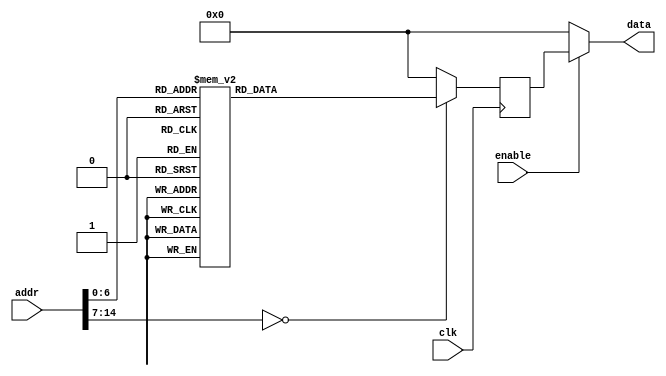
module rom08(input clk, input enable, input [15-1:0] addr, output [16-1:0] data);
    reg [16-1:0] data_reg;
    always @ (posedge clk)
        case(addr)
            15'h0 : data_reg <= 16'h5341;
            15'h1 : data_reg <= 16'h4D52;
            15'h2 : data_reg <= 16'h1C28;
            15'h3 : data_reg <= 16'h9C0D;
            15'h4 : data_reg <= 16'h6D8C;
            15'h5 : data_reg <= 16'h211D;
            15'h6 : data_reg <= 16'h5D8C;
            15'h7 : data_reg <= 16'h0D1D;
            15'h8 : data_reg <= 16'h281B;
            15'h9 : data_reg <= 16'h0D1C;
            15'hA : data_reg <= 16'h8C9C;
            15'hB : data_reg <= 16'h1D6D;
            15'hC : data_reg <= 16'h8C21;
            15'hD : data_reg <= 16'h1D5D;
            15'hE : data_reg <= 16'h1C21;
            15'hF : data_reg <= 16'h3C22;
            15'h10 : data_reg <= 16'h1E3E;
            15'h11 : data_reg <= 16'h2355;
            15'h12 : data_reg <= 16'hE53C;
            15'h13 : data_reg <= 16'hD03E;
            15'h14 : data_reg <= 16'h0B1C;
            15'h15 : data_reg <= 16'h0C1D;
            15'h16 : data_reg <= 16'hFD1E;
            15'h17 : data_reg <= 16'h1C24;
            15'h18 : data_reg <= 16'h8C2A;
            15'h19 : data_reg <= 16'h2A1C;
            15'h1A : data_reg <= 16'hEB5C;
            15'h1B : data_reg <= 16'h1B0D;
            15'h1C : data_reg <= 16'h1C28;
            15'h1D : data_reg <= 16'h9C0D;
            15'h1E : data_reg <= 16'h6D8C;
            15'h1F : data_reg <= 16'h211D;
            15'h20 : data_reg <= 16'h5D8C;
            15'h21 : data_reg <= 16'h211D;
            15'h22 : data_reg <= 16'h221C;
            15'h23 : data_reg <= 16'h3E3C;
            15'h24 : data_reg <= 16'h951E;
            15'h25 : data_reg <= 16'h3C23;
            15'h26 : data_reg <= 16'h3EE5;
            15'h27 : data_reg <= 16'h1CD0;
            15'h28 : data_reg <= 16'h1D0B;
            15'h29 : data_reg <= 16'hFA0C;
            15'h2A : data_reg <= 16'h0DEB;
            15'h2B : data_reg <= 16'h281B;
            15'h2C : data_reg <= 16'h0D1C;
            15'h2D : data_reg <= 16'h8C9C;
            15'h2E : data_reg <= 16'h1D6D;
            15'h2F : data_reg <= 16'h8C21;
            15'h30 : data_reg <= 16'h1D5D;
            15'h31 : data_reg <= 16'h1C21;
            15'h32 : data_reg <= 16'h3C22;
            15'h33 : data_reg <= 16'h1E3E;
            15'h34 : data_reg <= 16'h232D;
            15'h35 : data_reg <= 16'hE53C;
            15'h36 : data_reg <= 16'hD03E;
            15'h37 : data_reg <= 16'h0B1C;
            15'h38 : data_reg <= 16'h0C1D;
            15'h39 : data_reg <= 16'h0DEE;
            15'h3A : data_reg <= 16'h281B;
            15'h3B : data_reg <= 16'h0D1C;
            15'h3C : data_reg <= 16'h8C9C;
            15'h3D : data_reg <= 16'h1D6D;
            15'h3E : data_reg <= 16'h8C21;
            15'h3F : data_reg <= 16'h1D5D;
            15'h40 : data_reg <= 16'h1C21;
            15'h41 : data_reg <= 16'h3C22;
            15'h42 : data_reg <= 16'h1E3E;
            15'h43 : data_reg <= 16'h2336;
            15'h44 : data_reg <= 16'hE53C;
            15'h45 : data_reg <= 16'hD03E;
            15'h46 : data_reg <= 16'h0B1C;
            15'h47 : data_reg <= 16'h0C1D;
            15'h48 : data_reg <= 16'h2CED;
            15'h49 : data_reg <= 16'hFE1D;
            15'h4A : data_reg <= 16'hE9E8;
            15'h4B : data_reg <= 16'h00E8;
            default : data_reg <= 0;
        endcase
    assign data = ( enable ? data_reg : 0 );
endmodule